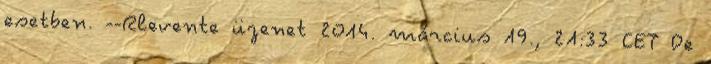
esetben. --Rlevente üzenet 2014. március 19., 21:33 CET De